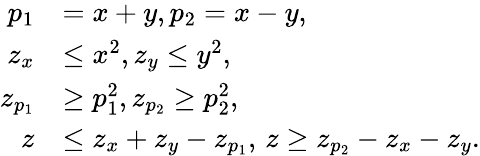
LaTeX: \begin{array}{rl}{p_{1}}&{=x+y,p_{2}=x-y,}\\ {z_{x}}&{\le x^{2},z_{y}\le y^{2},}\\ {z_{p_{1}}}&{\ge p_{1}^{2},z_{p_{2}}\ge p_{2}^{2},}\\ {z}&{\le z_{x}+z_{y}-z_{p_{1}},\, z\ge z_{p_{2}}-z_{x}-z_{y}.}\end{array}